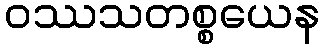
ဝဿသတစ္စယေန